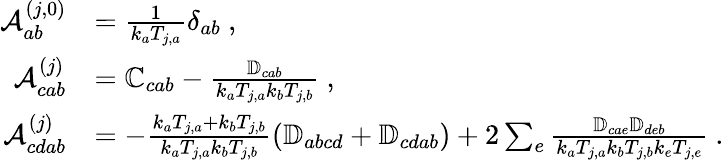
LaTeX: \begin{array}{rl}{\mathcal{A}_{ab}^{(j,0)}}&{=\frac{1}{k_{a}T_{j,a}}\delta_{ab}~,}\\ {\mathcal{A}_{cab}^{(j)}}&{=\mathbb{C}_{cab}-\frac{\mathbb{D}_{cab}}{k_{a}T_{j,a}k_{b}T_{j,b}}~,}\\ {\mathcal{A}_{cdab}^{(j)}}&{=-\frac{k_{a}T_{j,a}+k_{b}T_{j,b}}{k_{a}T_{j,a}k_{b}T_{j,b}}\left(\mathbb{D}_{abcd}+\mathbb{D}_{cdab}\right)+2\sum_{e}\frac{\mathbb{D}_{cae}\mathbb{D}_{deb}}{k_{a}T_{j,a}k_{b}T_{j,b}k_{e}T_{j,e}}~.}\end{array}